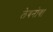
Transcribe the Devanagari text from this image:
लेबनोवा